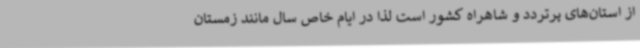
از استان‌های پرتردد و شاهراه کشور است لذا در ایام خاص سال مانند زمستان